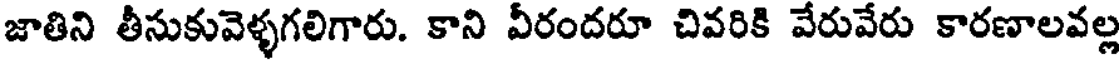
జాతిని తీసుకువెళ్ళగలిగారు. కాని వీరందరూ చివరికి వేరువేరు కారణాలవల్ల